King Institute of Preventive Medicine Micro-Biological Section reports 1909-11
Year: 1909
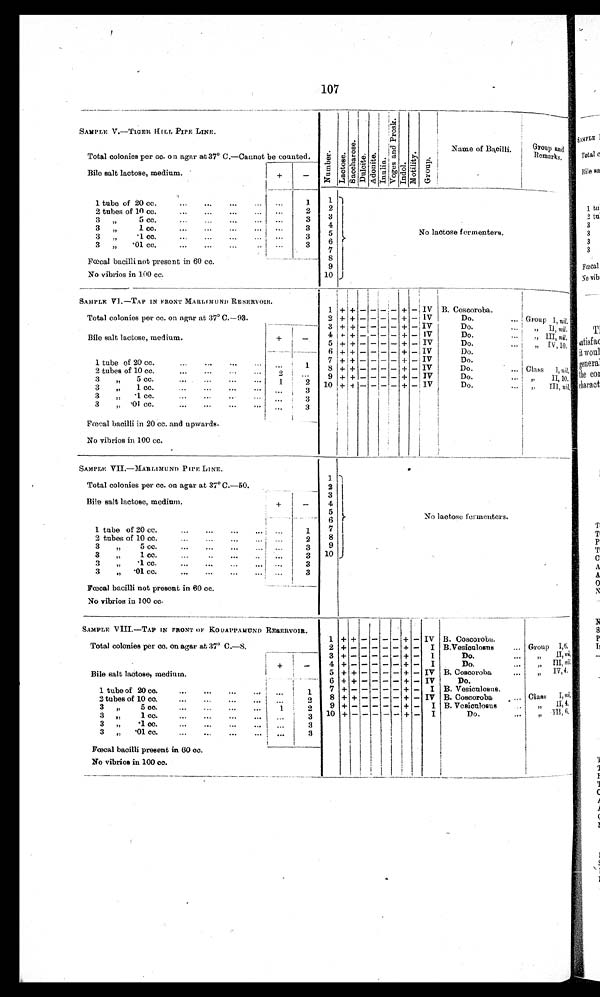
107
SAMPLE V.—TIGER HILL PIPE LINE.
N u m b e r .
L a c t o s e .
S a c c h a r o s e .
D u l c i t e .
A d o n i t e .
Inulin.
V o g e s a m d P r o s k .
Indol .Moti l i ty.Group. Name of Bacilli. Group and Remarks.
Total colonies per cc. on agar at 37º C.—Cannot be counted.
Bile salt lactose, medium.
+
_
1 tube of 2 0 c c . . . .
. . . 1
1
No lactose fermenters.
2
2 tubes of 10 cc. . . .
2
. . .
3
3 " 5 cc. . . .
3
. . .
4
3 " 1 cc. . . .
3
. . .
5
3 " .1 cc. . . .
3
. . .
6
3 " .01 cc. . . .
3
. . .
7
Fœcal bacilli not present in 60 cc.
8
9
No vibrios in 100 cc.
10
SAMPLE VI.—TAP IN FRONT MARLIMUND RESERVOIR.
Total colonies per cc. on a
gar at 37º C.—93.
1
+ + - - - - + - IV B. Coscoroba.
2
+ + - - - - + - IV Do. . . .
Group I, nil.
Bile salt lactose, medium.
+ -
3
+ + - - - - + - IV Do. . . .
" II, nil.
4
+ + - - - - + - IV Do. . . .
" III, nil.
5
+ + - - - - + - IV Do. . . .
" IV,10.
1 tube of 20 cc. . . .
. . .
1
6
+ + - - - - + - IV Do.
7
+ + - - - - + - IV Do.
8
+ + - - - - + - IV Do. . . .
Class I, nil.
2 tubes of 10 cc.
2 . . . 9
+ + - - - - + - IV Do. . . .
" II, 10.
3 " 5 cc. . . .
1 2
10 + + - - - - + - IV
Do. . . .
" III, nil.
3 " 1 cc. . . .
. . .
3
3 " .1 cc. . . .
. . .
3
3 " . 0 1 c c . . . .
. . .
3
F œ c a l b a c i l l i i n 2 0 c c . a n d u p w a r d s .
No vibrios in 100 cc.
SAMPLE VII.—MARLIMUND PIPE LINE.
1
N o l a c t o s e f e r m e n t e r s .
Total colonies per cc. on agar at 37° C.—50.
2
Bile salt lactose, medium.
+
-
3
4
5
1 tube of 20 cc. . . .
. . . 1
6
7
8
2 tubes of 10 cc. . . .
. . . 2
9
3 " 5 cc. . . .
. . . 3
10
3 " 1 cc. . . .
. . . 3
3 " .1 cc. . . .
3
. . .
3 " .01 cc. . . .
. . . 3
Fœcal bacilli not present in 60 cc.
No vibrios in 100 cc.
SAMPLE VIII.—TAP IN FRONT OF KODAPPAMUND RESERVOIR. 1
+ + - - - - + -
IV B. Coscoroba.
Total colonies per cc. on agar at 37º C.—8.
2
+ - - - - - + - I
B.Vesiculosus . . . Group I,6.
3
+ - - - - - + - I
Do. . . .
" II, nil.
Bile salt lactose, medium.
+
-
4
+ - - - - - + - I
Do. . . .
" III, nil
5
+ + - - - - + - IV B. Coscoroba . . . " IV,4.
6
+ + - - - - + - IV Do.
1 tube of 20 cc. . . .
. . .
1 7
+ - - - - - + - I
B. Vesiculosus.
8
+ + - - - - + - IV
B . C o s c o r o b a . . . Class I, nil.
2 tubes of 10 cc. . . .
. . .
2
" II,4.
9
+ - - - - - + - I
B. Vcsiculosus . . .
3 " 5 cc. . . .
1
2
" III, 6.
10 + - - - - - + - I
Do. . . .
3 " 1 cc. . . .
. . .
3
3 " .1 cc. . . .
. . .
3
3 " .01 cc. . . .
. . .
3
Fœcal bacilli present in 60 cc.
No vibrios in 100 cc.